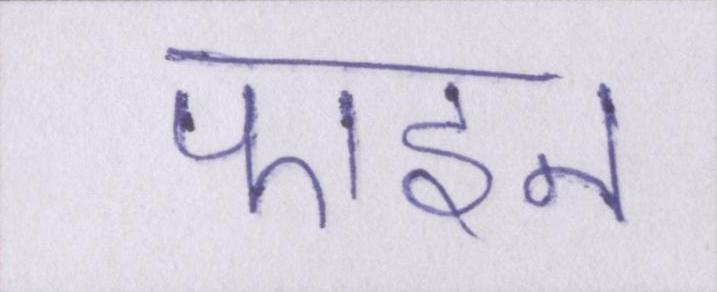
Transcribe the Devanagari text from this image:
फाइन